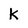
Character: k